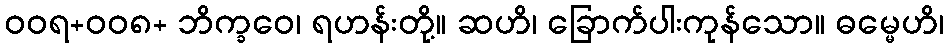
ဝဝရ+ဝဝ၈+ ဘိက္ခဝေ၊ ရဟန်းတို့။ ဆဟိ၊ ခြောက်ပါးကုန်သော။ ဓမ္မေဟိ၊